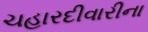
ચહારદીવારીના